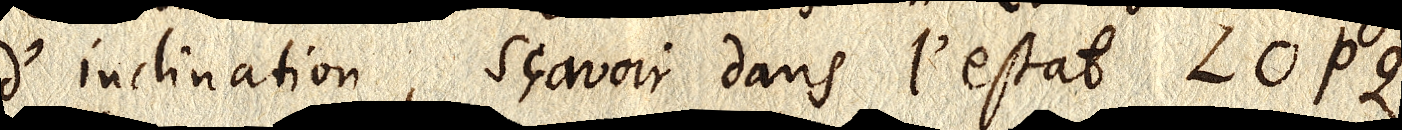
d’inclination, sçavoir dans l’estat LOPQ,